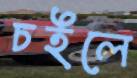
চইলে